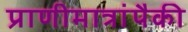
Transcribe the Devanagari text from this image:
प्राणीमात्रांपैकी